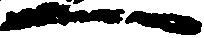
へ